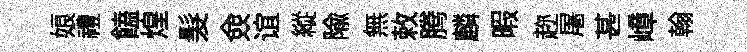
娘禮饁煌髮僉谊縱隃無敕腾麟暇趂屠甚嶂翰